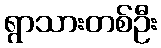
ရွာသားတစ်ဦး